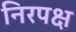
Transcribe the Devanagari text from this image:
निरपक्ष